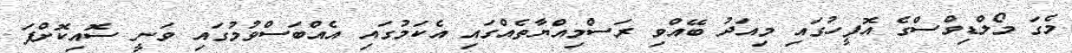
މެގަ މޯލްޑިވްސްގެ އޮފީހުގައި މިއަދު ބޭއްވި ރަސްމިއްޔާތެއްގައި އެކަމުގައި އެއްބަސްވުމުގައި ވަނީ ސޮއިކޮށްފަ